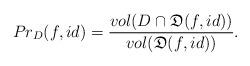
LaTeX: \begin{align*}Pr_D(f,id) = \frac{vol(D\cap\mathfrak{D}(f,id))}{vol(\mathfrak D(f,id))}.\end{align*}